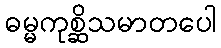
ဓမ္မကုစ္ဆိသမာတပေါ